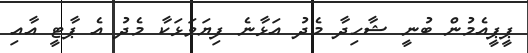
ޕީޕީއެމުން ބުނީ ޝާހިދާ މެދު އަޅާނެ ފިޔަވަޅަކާ މެދު އެ ޕާޓީ އާއި